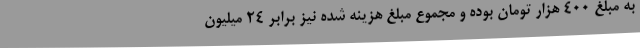
به مبلغ 400 هزار تومان بوده و مجموع مبلغ هزینه شده نیز برابر 24 میلیون